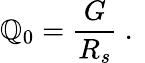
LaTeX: \mathbb{Q}_{0}=\frac{{G}}{{R_{s}}}\mathrm{{~.~}}